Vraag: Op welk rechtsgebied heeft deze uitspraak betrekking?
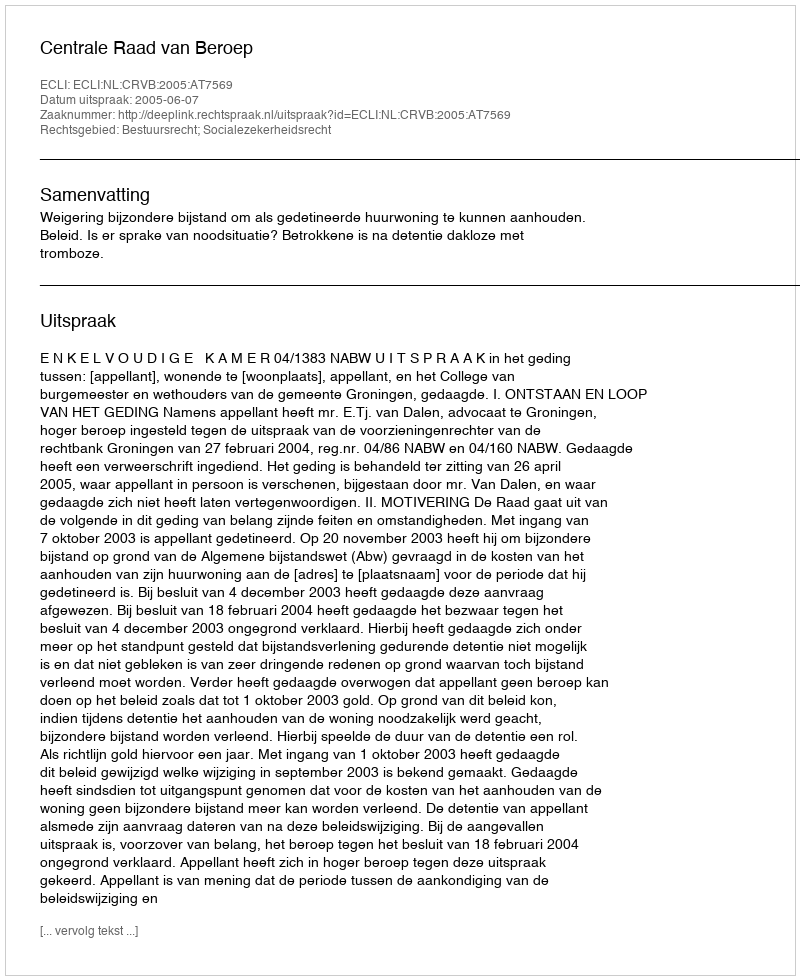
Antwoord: Bestuursrecht; Socialezekerheidsrecht